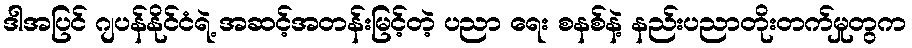
ဒါအပြင် ဂျပန်နိုင်ငံရဲ့ အဆင့်အတန်းမြင့်တဲ့ ပညာ ရေး စနစ်နဲ့ နည်းပညာတိုးတက်မှုတွက